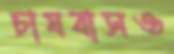
চাষবাসও